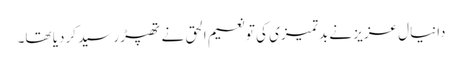
دانیال عزیز نے بدتمیزی کی تو نعیم الحق نے تھپڑ رسید کردیا تھا۔